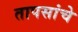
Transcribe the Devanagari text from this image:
तापसांचे